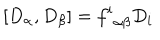
[ D _ { \alpha } , D _ { \beta } ] = { f ^ { i } } _ { \alpha \beta } D _ { i }